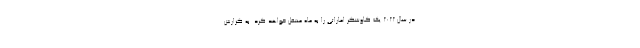
در سال ۲۰۲۲ یک کاوشگر اماراتی را به ماه منتقل خواهد کرد. به گزارش